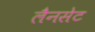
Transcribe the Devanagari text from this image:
लैनसेट